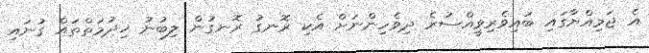
އެ ޖަމިއްޔާގައި ބައިވެރިވީއްސުރެ ދިވެހިންނަށް އެކި ރޮނގު ރޮނގުން ލިބުނު ޚިދުމަތްތައް ގުނައި